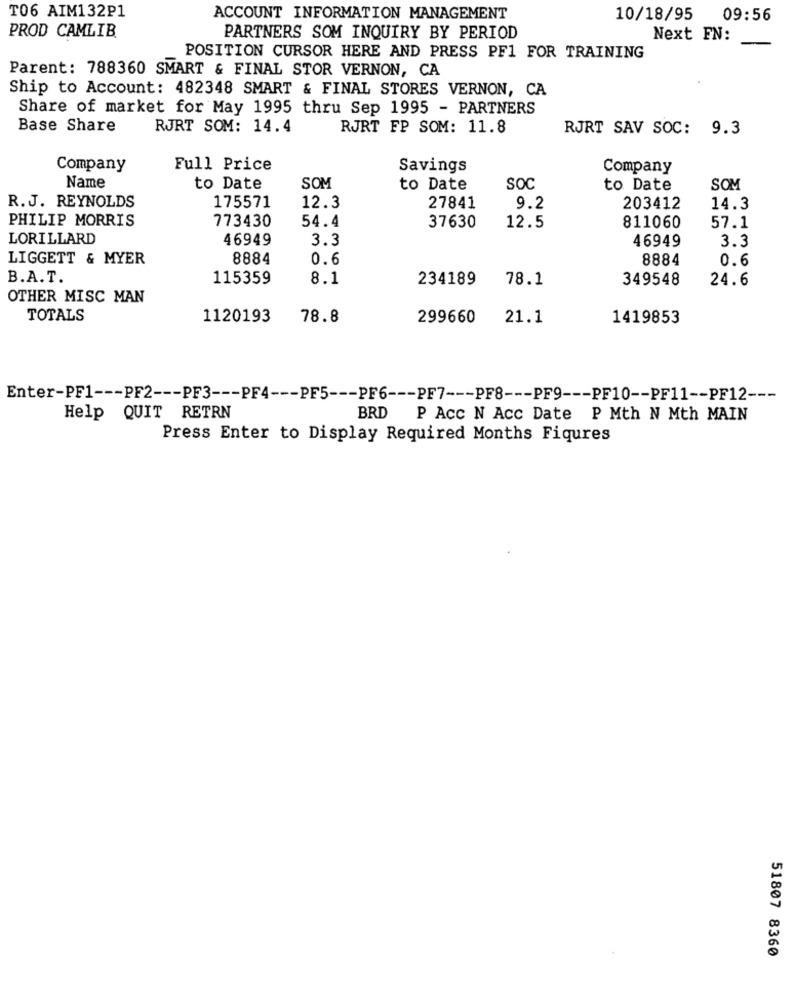
T06 AIM132P1
ACCOUNT INFORMATION MANAGEMENT
10/18/95
09:56
PROD CAMLIB
PARTNERS SOM INQUIRY BY PERIOD
Next FN:
POSITION CURSOR HERE AND PRESS PF1 FOR TRAINING
Parent: 788360 SMART & FINAL STOR VERNON, CA
Ship to Account: 482348 SMART & FINAL STORES VERNON, CA
Share of market for May 1995 thru Sep 1995 - PARTNERS
Base Share
RJRT SOM: 14.4
RJRT FP SOM: 11.8
RJRT SAV SOC: 9.3
Company
Full Price
Savings
Company
Name
to Date
SOM
to Date
SOC
to Date
SOM
12.3
R.J. REYNOLDS
175571
27841
9.2
203412
14.3
PHILIP MORRIS
773430
54.4
37630
12.5
811060
57.1
LORILLARD
46949
3.3
46949
3.3
LIGGETT & MYER
8884
0.6
8884
0.6
B.A. T.
115359
8.1
234189
78.1
349548
24.6
OTHER MISC MAN
TOTALS
1120193
78.8
299660
21.1
1419853
Enter-PF1 --- PF2 --- PF3 --- PF4 --- PF5 --- PF6 --- PF7 --- PF8 --- PF9 --- PF10 -- PF11 -- PF12 ---
Help QUIT RETRN
BRD P Acc N Acc Date P Mth N Mth MAIN
Press Enter to Display Required Months Figures
51807 8360